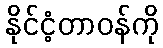
နိုင်ငံ့တာဝန်ကို